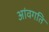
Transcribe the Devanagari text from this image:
आंवगति